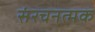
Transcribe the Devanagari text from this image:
संरचनत्मक